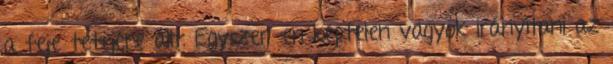
a feje tetejére állt. Egyszerűen képtelen vagyok irányítani az